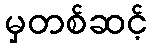
မှတစ်ဆင့်